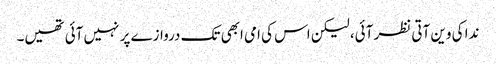
ندا کی وین آتی نظر آئی، لیکن اس کی امی ابھی تک دروازے پر نہیں آئی تھیں۔